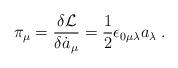
LaTeX: \begin{align*}\pi_\mu=\frac{\delta{\cal L}}{\delta \dot{a}_\mu}= \frac{1}{2}\epsilon_{0\mu\lambda}a_\lambda\;.\end{align*}